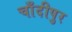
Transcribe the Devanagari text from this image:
चाँदीपुर